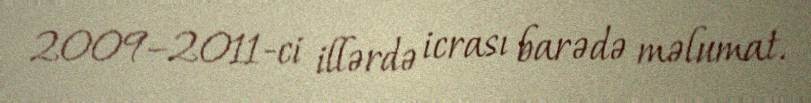
2009–2011-ci illərdə icrası barədə məlumat.